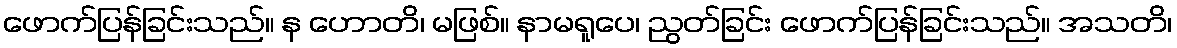
ဖောက်ပြန်ခြင်းသည်။ န ဟောတိ၊ မဖြစ်။ နာမရူပေ၊ ညွတ်ခြင်း ဖောက်ပြန်ခြင်းသည်။ အသတိ၊